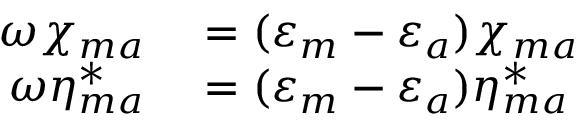
\begin{array} { r l } { \omega \chi _ { m a } } & { { } = ( \varepsilon _ { m } - \varepsilon _ { a } ) \chi _ { m a } } \\ { \omega \eta _ { m a } ^ { * } } & { { } = ( \varepsilon _ { m } - \varepsilon _ { a } ) \eta _ { m a } ^ { * } } \end{array}